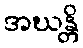
အဃန္တိ